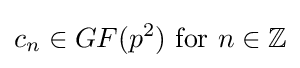
c_{n}\in GF(p^{2}){\text{ for }}n\in \mathbb {Z}